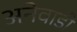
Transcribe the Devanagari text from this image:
अनेवाडी